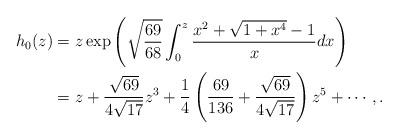
LaTeX: \begin{align*}h_{0}(z)&=z\exp\left(\sqrt{\frac{69}{68}}\int_{0}^{z}\frac{x^2 +\sqrt{1+x^4}-1}{x}dx\right)\\&=z +\frac{\sqrt{69}}{4\sqrt{17}}z^3 +\frac{1}{4}\left(\frac{69}{136}+\frac{\sqrt{69}}{4\sqrt{17}}\right)z^5 +\cdots,.\end{align*}